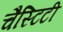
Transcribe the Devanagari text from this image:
चैस्टिटी